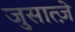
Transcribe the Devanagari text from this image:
जुसात्ज़े